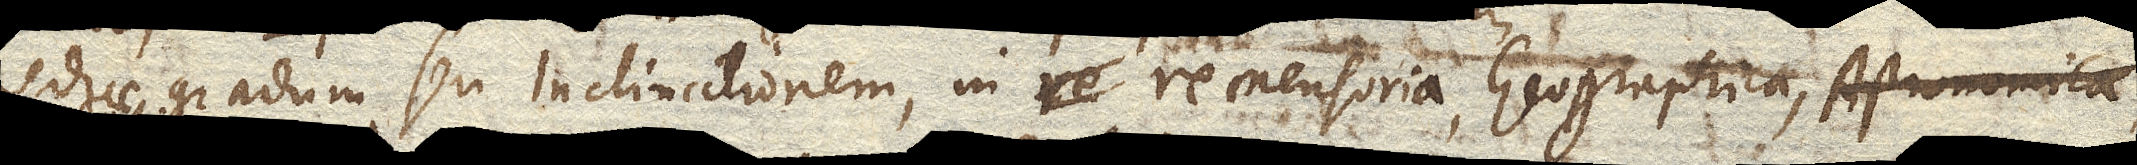
mediae gradum seu Inclinationem, in re mensoria, Geographica, Astronomica